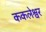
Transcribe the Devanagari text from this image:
ककलेश्वर